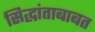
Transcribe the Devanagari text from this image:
सिद्धांताबाबत